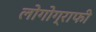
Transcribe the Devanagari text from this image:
लोगोग्राफी